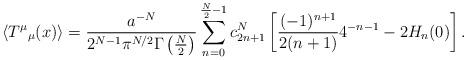
LaTeX: \begin{align*}\left<T^\mu{}_\mu(x)\right>={a^{-N}\over 2^{N-1}\pi^{N/2}\Gamma \left(\frac N2\right)} \sum_{n=0}^{\frac N2-1}c^N_{2n+1}\left[ \frac{(-1)^{n+1}}{2(n+1)}4^{-n-1}-2H_n(0)\right].\end{align*}